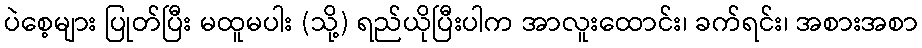
ပဲစေ့များ ပြုတ်ပြီး မထူမပါး (သို့) ရည်ယိုပြီးပါက အာလူးထောင်း၊ ခက်ရင်း၊ အစားအစာ